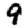
Digit: 9